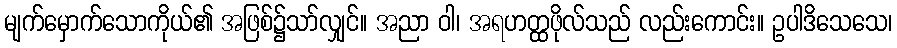
မျက်မှောက်သောကိုယ်၏ အဖြစ်၌သာ်လျှင်။ အညာ ဝါ၊ အရဟတ္ထဖိုလ်သည် လည်းကောင်း။ ဥပါဒိသေသေ၊